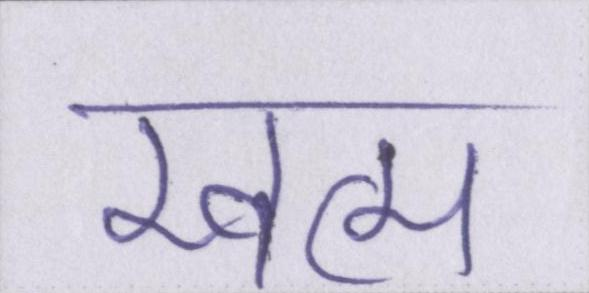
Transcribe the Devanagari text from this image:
खत्म